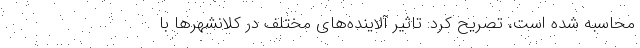
محاسبه شده است، تصریح کرد: تاثیر آلاینده‌های مختلف در کلانشهرها با